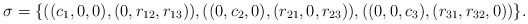
\begin{align*}\sigma = \{((c_1,0,0),(0,r_{12},r_{13})),((0,c_2,0),(r_{21},0,r_{23})),((0,0,c_3),(r_{31},r_{32},0))\}.\end{align*}